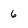
Character: 6